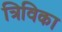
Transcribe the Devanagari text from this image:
त्रिविका